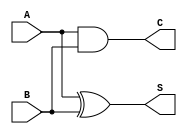
module CurrentModeHalfAdder (
    input wire A,  // First input bit (current signal)
    input wire B,  // Second input bit (current signal)
    output wire S, // Sum output (current signal)
    output wire C  // Carry output (current signal)
);

// Logic for Sum (S) - A XOR B
assign S = A ^ B;

// Logic for Carry (C) - A AND B
assign C = A & B;

endmodule